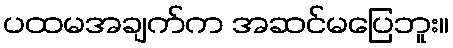
ပထမအချက်က အဆင်မပြေဘူး။